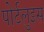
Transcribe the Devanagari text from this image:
पोर्टलुइस